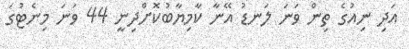
އަދި ނިއުގެ ތިން ވަނަ ލަނޑު އޭނާ ކާމިޔާބުކޮށްދިނީ 44 ވަނަ މިނެޓުގަ